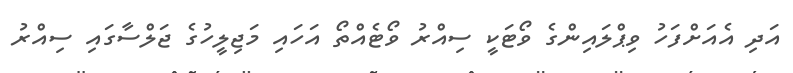
އަދި އެއަށްފަހު ވިޕްލައިންގެ ވޯޓަކީ ސިއްރު ވޯޓެއްތޯ އަހައި މަޖިލީހުގެ ޖަލްސާގައި ސިއްރު